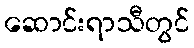
ဆောင်းရာသီတွင်